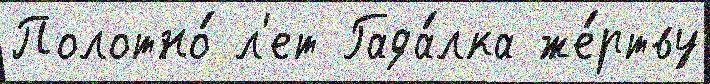
Полотно́ л'ет Гада́лка же́ртву